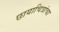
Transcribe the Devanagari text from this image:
छायाचित्रांचा